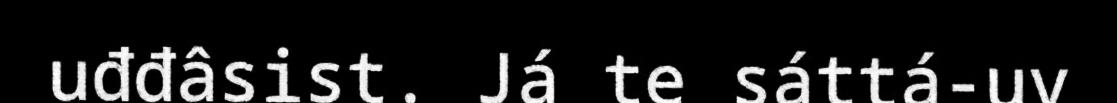
uđđâsist. Já te sáttá-uv